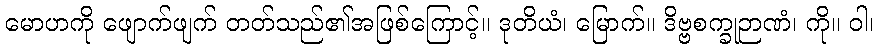
မောဟကို ဖျောက်ဖျက် တတ်သည်၏အဖြစ်ကြောင့်။ ဒုတိယံ၊ မြောက်။ ဒိဗ္ဗစက္ခုဉာဏံ၊ ကို။ ဝါ၊